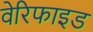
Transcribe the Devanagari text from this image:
वेरिफाइड